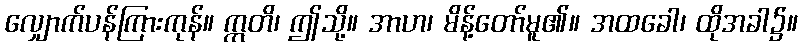
လျှောက်ပန်ကြားကုန်။ ဣတိ၊ ဤသို့။ အာဟ၊ မိန့်တော်မူ၏။ အထခေါ၊ ထိုအခါ၌။